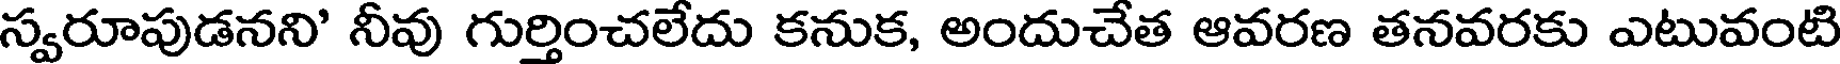
స్వరూపుడనని' నీవు గుర్తించలేదు కనుక, అందుచేత ఆవరణ తనవరకు ఎటువంటి